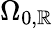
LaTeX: \Omega_{0,\mathbb{R}}